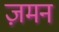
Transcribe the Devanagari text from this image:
ज़मन